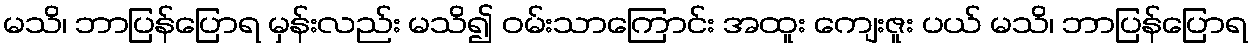
မသိ၊ ဘာပြန်ပြောရ မှန်းလည်း မသိ၍ ဝမ်းသာကြောင်း အထူး ကျေးဇူး ပယ် မသိ၊ ဘာပြန်ပြောရ